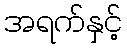
အရက်နှင့်